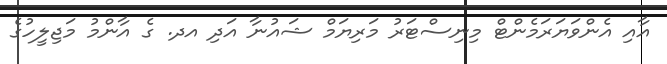
އާއި އެންވަޔަރަމެންޓް މިނިސްޓަރު މަރިޔަމް ޝައުނާ އަދި އދ. ގެ އާންމު މަޖިލީހުގެ